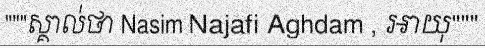
"""ស្គាល់ថា Nasim Najafi Aghdam , អាយុ"""